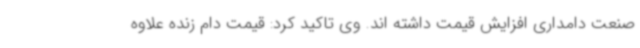
صنعت دامداری افزایش قیمت داشته اند. وی تاکید کرد: قیمت دام زنده علاوه